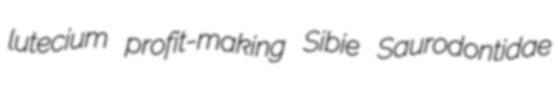
lutecium profit-making Sibie Saurodontidae